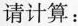
请计算：